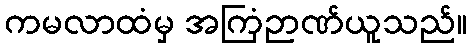
ကမလာထံမှ အကြံဉာဏ်ယူသည်။